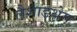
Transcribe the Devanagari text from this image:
लैशाङथेम